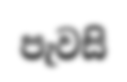
පැවසි